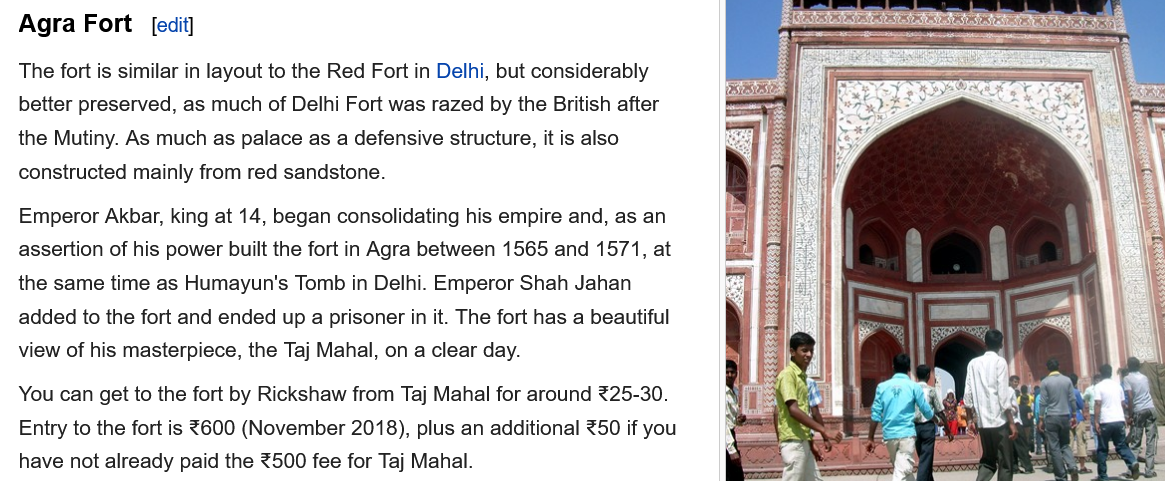
The fort is similar in layout to the Red Fort in Delhi, but considerably
  better preserved, as much of Delhi Fort was razed by the British after
  the Mutiny. As much as palace as a defensive structure, it is also
  constructed mainly from red sandstone.
  Emperor Akbar, king at 14, began consolidating his empire and, as an
  assertion of his power built the fort in Agra between 1565 and 1571, at
  the same time as Humayun’'s Tomb in Delhi. Emperor Shah Jahan
  added to the fort and ended up a prisoner in it. The fort has a beautiful
  view of his masterpiece, the Taj Mahal, on a clear day.
  You can get to the fort by Rickshaw from Taj Mahal for around %25-30.
  Entry to the fort is 600 (November 2018), plus an additional %50 if you
  have not already paid the %500 fee for Taj Mahal.
  Agra  Fort   [edit]